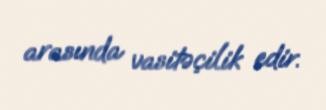
arasında vasitəçilik edir.